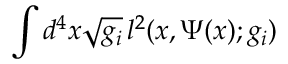
\int d ^ { 4 } x \sqrt { g _ { i } } \, l ^ { 2 } ( x , \Psi ( x ) ; g _ { i } )